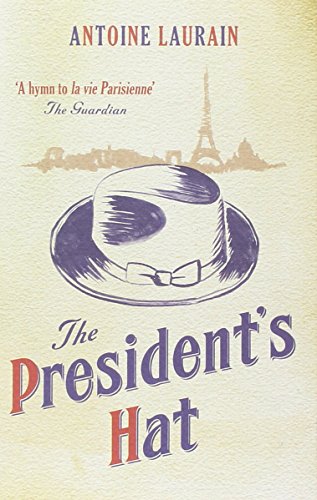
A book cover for The President's Hat; Antoine Laurain; Humor & Entertainment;